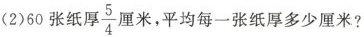
(2)60张纸厚 \frac{5}{4} 厘米，平均每一张纸厚多少厘米?